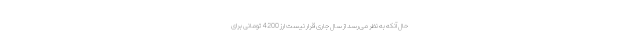
حال آنکه به نظر می‌رسد از سال جاری قرار نیست ارز 4200 تومانی برای